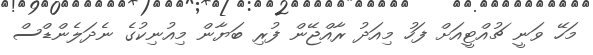
މަހޭ ވަނީ ޗުއްޓީއަށް ފަހު މިއަދު ރާއްޖޭން ފުރި ބަޔާން މިއުނިކުގެ ނެދަލެންޑްސް